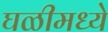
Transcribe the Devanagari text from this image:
घळीमध्ये